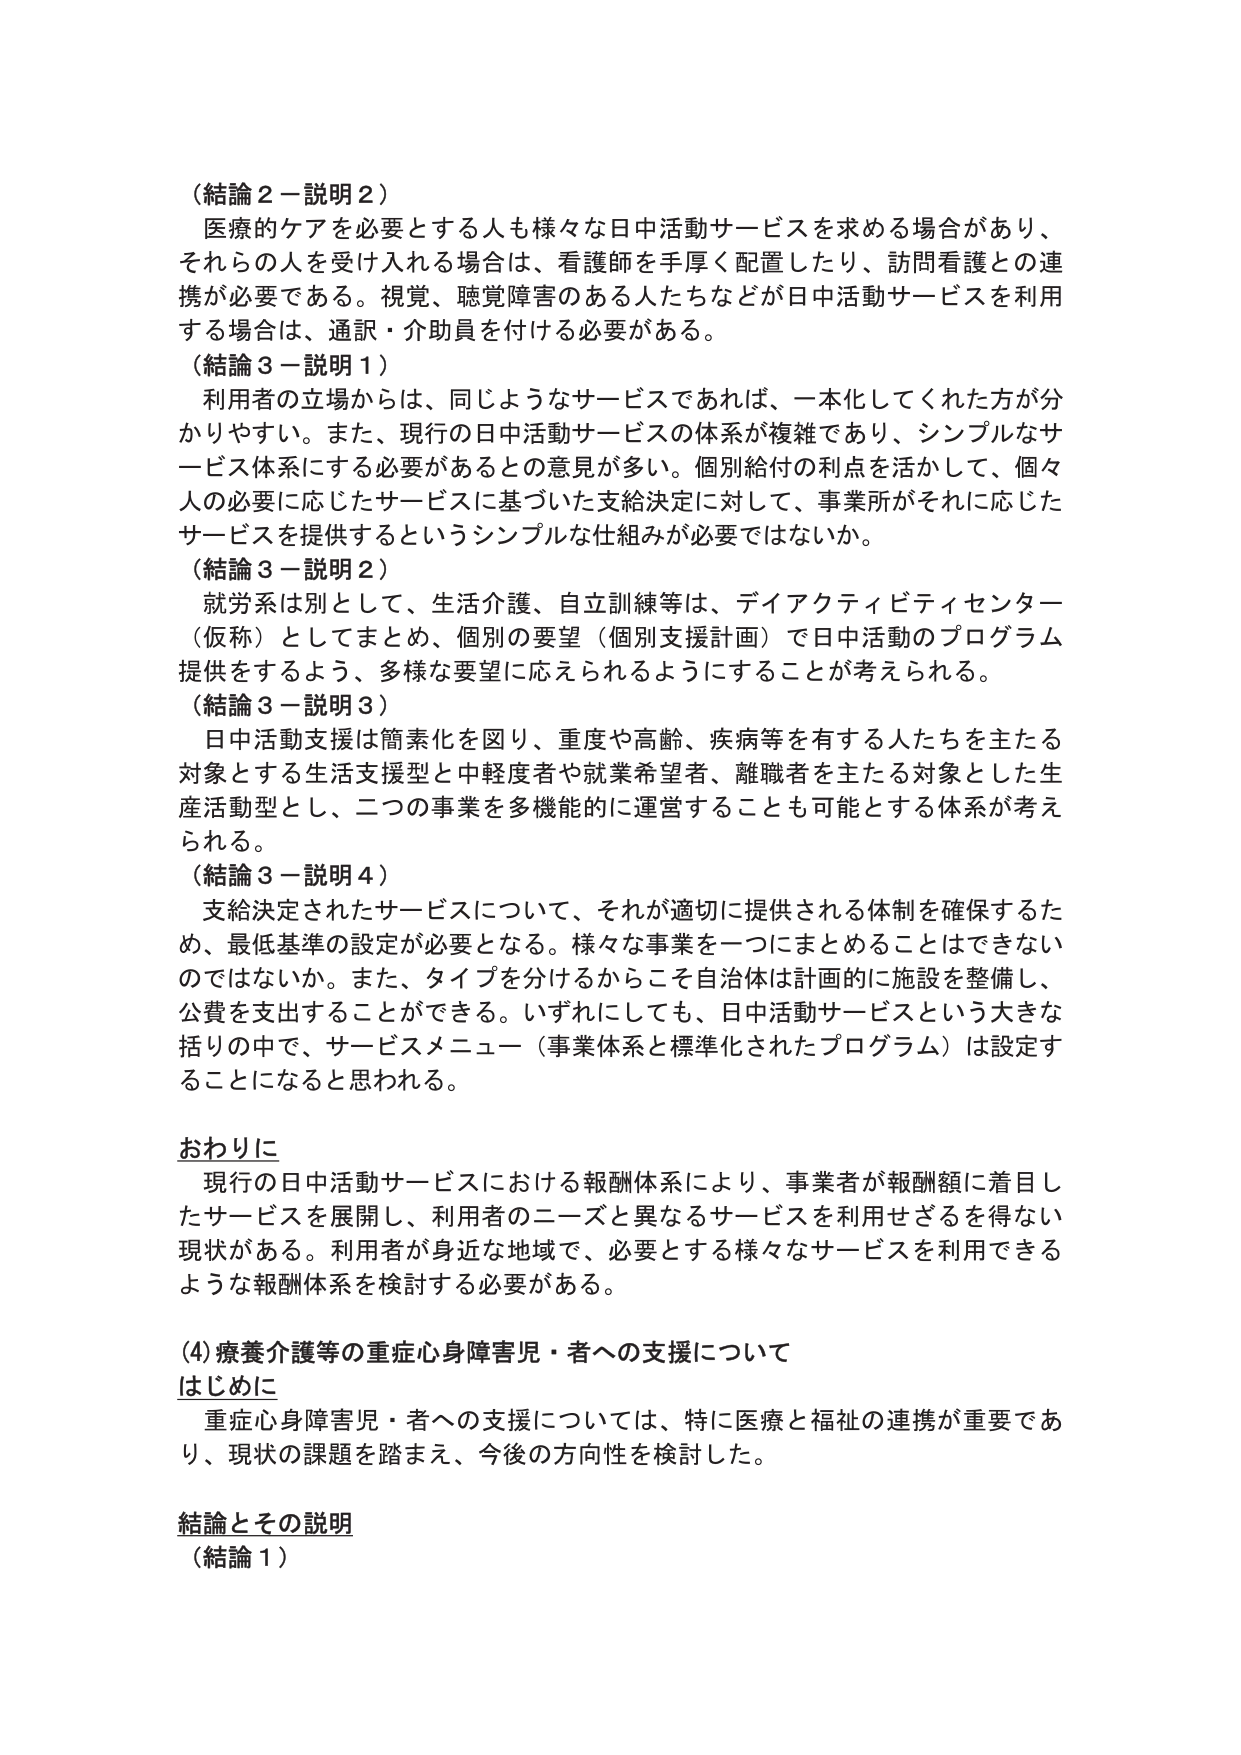
（結論２－説明２）
医療的ケアを必要とする人も様々な日中活動サービスを求める場合があり、
それらの人を受け入れる場合は、看護師を手厚く配置したり、訪問看護との連
携が必要である。視覚、聴覚障害のある人たちなどが日中活動サービスを利用
する場合は、通訳・介助員を付ける必要がある。
（結論３－説明１）
利用者の立場からは、同じようなサービスであれば、一本化してくれた方が分
かりやすい。また、現行の日中活動サービスの体系が複雑であり、シンプルなサ
ービス体系にする必要があるとの意見が多い。個別給付の利点を活かして、個々
人の必要に応じたサービスに基づいた支給決定に対して、事業所がそれに応じた
サービスを提供するというシンプルな仕組みが必要ではないか。
（結論３－説明２）
就労系は別として、生活介護、自立訓練等は、ディアクティビティセンター
（仮称）としてまとめ、個別の要望（個別支援計画）で日中活動のプログラム
提供をするよう、多様な要望に応えられるようにすることが考えられる。
（結論３－説明３）
日中活動支援は簡素化を図り、重度や高齢、疾病等を有する人たちを主たる
対象とする生活支援型と中軽度者や就業希望者、離職者を主たる対象とした生
産活動型とし、二つの事業を多機能的に運営することも可能とする体系が考え
られる。
（結論３－説明４）
支給決定されたサービスについて、それが適切に提供される体制を確保するた
め、最低基準の設定が必要となる。様々な事業を一つにまとめることはできない
のではないか。また、タイプを分けるからこそ自治体は計画的に施設を整備し、
公費を支出することができる。いずれにしても、日中活動サービスという大きな
括りの中で、サービスメニュー（事業体系と標準化されたプログラム）は設定す
ることになると思われる。

おわりに
現行の日中活動サービスにおける報酬体系により、事業者が報酬額に着目し
たサービスを展開し、利用者のニーズと異なるサービスを利用せざるを得ない
現状がある。利用者が身近な地域で、必要とする様々なサービスを利用できる
ような報酬体系を検討する必要がある。

(4)療養介護等の重症心身障害児・者への支援について
はじめに
重症心身障害児・者への支援については、特に医療と福祉の連携が重要であ
り、現状の課題を踏まえ、今後の方向性を検討した。

結論とその説明
（結論１）